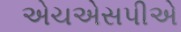
એચએસપીએ